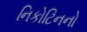
નિકોટિનનો